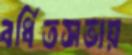
বর্ধিতসভায়